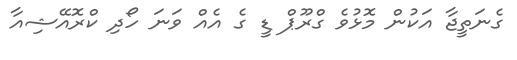
ގެނަތީޖާ އަކުން މޮޅުވެ ގްރޫޕް ޑީ ގެ އެއް ވަނަ ހޯދި ކްރޮއޭޝިއާ